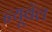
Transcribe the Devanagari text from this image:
न्यूवॅल